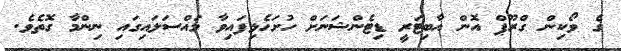
ގެ ވޯކިން ގްރޫޕް އޮން އާބިޓަރީ ޑިޓެންޝަނަށް ހުށަހެޅިފައިވާ މައްސަލައިގައި ނިންމާ ގޮތެވެ.